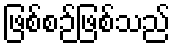
ဖြစ်စဉ်ဖြစ်သည်